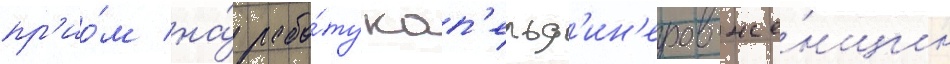
пр'ио́м на́ рабо́ту кап'ельд'ин'еров-же́нщин